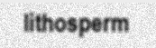
lithosperm